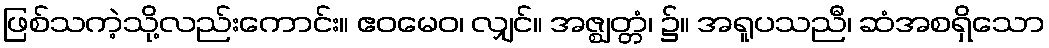
ဖြစ်သကဲ့သို့လည်းကောင်း။ ဧဝမေဝ၊ လျှင်။ အဇ္ဈတ္တံ၊ ၌။ အရူပသညီ၊ ဆံအစရှိသော